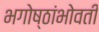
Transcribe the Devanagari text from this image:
भगोष्ठांभोवती